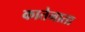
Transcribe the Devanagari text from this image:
कातेनाता